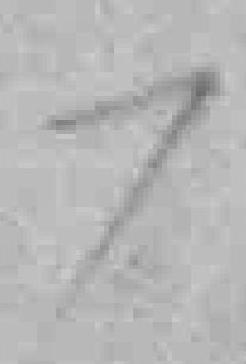
7